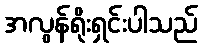
အလွန်ရိုးရှင်းပါသည်